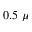
0 . 5 ~ \mu